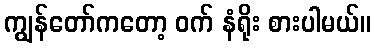
ကျွန်တော်ကတော့ ဝက် နံရိုး စားပါမယ်။